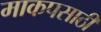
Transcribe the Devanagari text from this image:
माकपसाठी